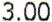
3.00